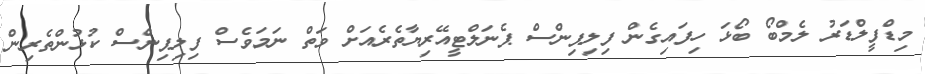
މިޑްފީލްޑަރު ލެމްބޯ ބޯޅަ ހިފައިގެން ފިލިޕިންސް ޕެނަލްޓީއޭރިޔާތެރެއަށް ވަތް ނަމަވެސް ފިލިޕިންސް ކުޅުންތެރިން